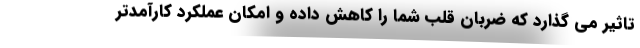
تاثیر می گذارد که ضربان قلب شما را کاهش داده و امکان عملکرد کارآمدتر